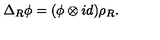
\Delta _ { R } \phi = ( \phi \otimes i d ) \rho _ { R } .